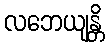
လဘေယျန္တိ